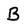
Character: B